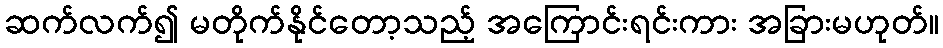
ဆက်လက်၍ မတိုက်နိုင်တော့သည့် အကြောင်းရင်းကား အခြားမဟုတ်။